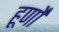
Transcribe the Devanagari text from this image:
हूर्णों